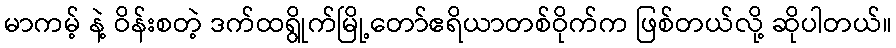
မာကမ့် နဲ့ ဝိန်းစတဲ့ ဒက်ထရွိုက်မြို့တော်ဧရိယာတစ်ဝိုက်က ဖြစ်တယ်လို့ ဆိုပါတယ်။